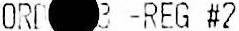
ORD 3 -REG #2